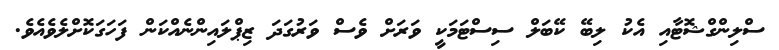
ސްލިންގްޝޮޓާއި އެކު ލިބޭ ކޭބަލް ސިސްޓަމަކީ ވަރަށް ވެސް ވަރުގަދަ ޒިޕްލައިންނެއްކަން ފަހަގަކޮށްލެވެއެވެ.